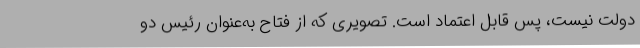
دولت نیست، پس قابل اعتماد است. تصویری که از فتاح به‌عنوان رئیس دو